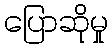
ပြောဆိုမှု